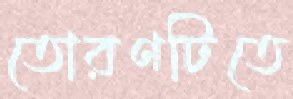
তোরণটিতে